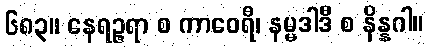
၆၈၃။ နေရဉ္ဇရာ စ ကာဝေရီ၊ နမ္မဒါဒီ စ နိန္နဂါ။